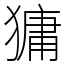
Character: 㺎